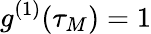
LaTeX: g^{(1)}(\tau_{M})=1